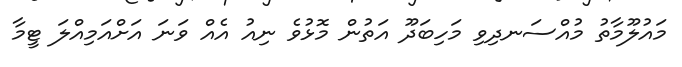
މައުލޫމާތު މުއްސަނދިވި މަހިބަދޫ އަތުން މޮޅުވެ ނިއު އެއް ވަނަ އަށްއަމިއްލަ ޓީމާ